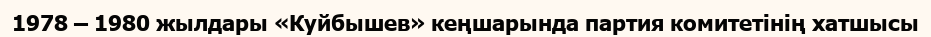
1978 – 1980 жылдары «Куйбышев» кеңшарында партия комитетінің хатшысы